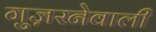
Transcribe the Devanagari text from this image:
गुज़रनेवाली